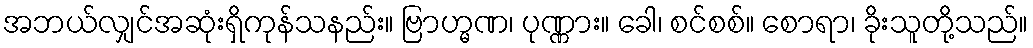
အဘယ်လျှင်အဆုံးရှိကုန်သနည်း။ ဗြာဟ္မဏ၊ ပုဏ္ဏား။ ခေါ၊ စင်စစ်။ စောရာ၊ ခိုးသူတို့သည်။